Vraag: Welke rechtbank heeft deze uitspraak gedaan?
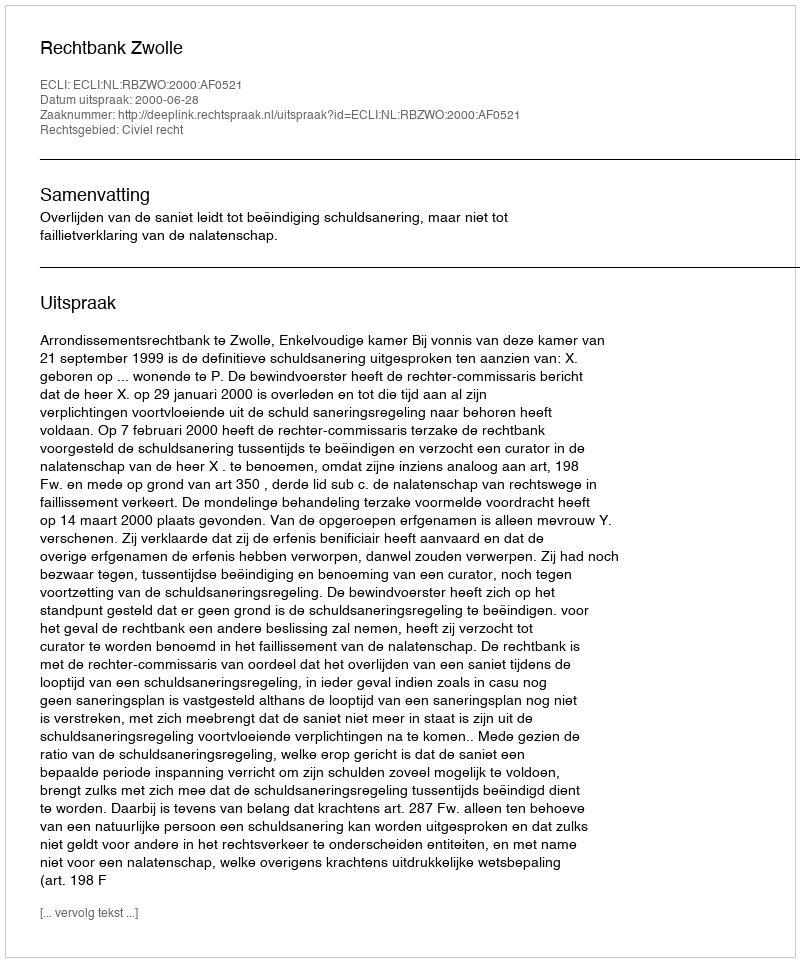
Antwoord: Rechtbank Zwolle